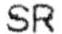
SR